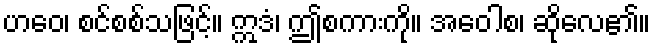
ဟဝေ၊ စင်စစ်သဖြင့်။ ဣဒံ၊ ဤစကားကို။ အဝေါစ၊ ဆိုလေ၏။